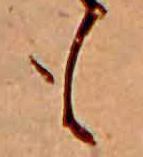
も